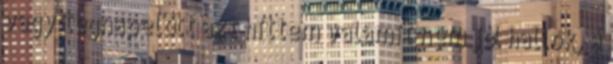
vagy tegnapelőtt azt hittem valamit nem jól hallok, a